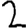
Digit: 2